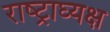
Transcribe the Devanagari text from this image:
राष्ट्राघ्यक्ष